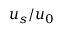
u _ { s } / u _ { 0 }